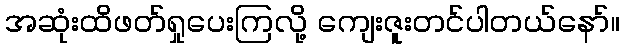
အဆုံးထိဖတ်ရှုပေးကြလို့ ကျေးဇူးတင်ပါတယ်နော်။